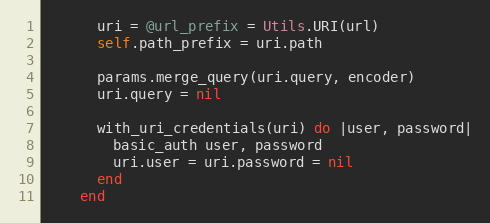
Language: Ruby
      uri = @url_prefix = Utils.URI(url)
      self.path_prefix = uri.path

      params.merge_query(uri.query, encoder)
      uri.query = nil

      with_uri_credentials(uri) do |user, password|
        basic_auth user, password
        uri.user = uri.password = nil
      end
    end